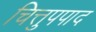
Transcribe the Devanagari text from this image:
चित्तुपपाद